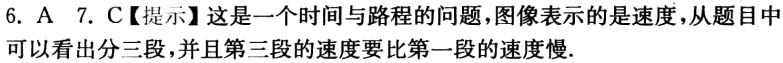
6. A 7. C【提示】这是一个时间与路程的问题,图像表示的是速度,从题目中可以看出分三段,并且第三段的速度要比第一段的速度慢.